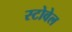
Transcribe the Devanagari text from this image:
स्टोवेल